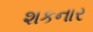
શકનાર